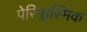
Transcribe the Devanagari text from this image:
पेरिप्लास्मिक